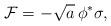
LaTeX: \begin{align*}{\cal F} =-\sqrt{a} \, \phi ^*\sigma ,\end{align*}